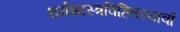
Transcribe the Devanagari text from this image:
धर्मशास्त्रविहितस्यर्वा